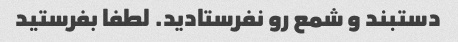
دستبند و شمع رو نفرستادید. لطفا بفرستید